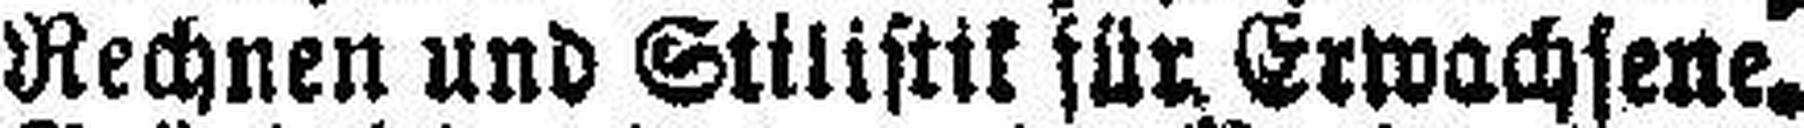
Rechnen und Stillstik für. Erwachsene.